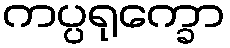
ကပ္ပရုက္ခော